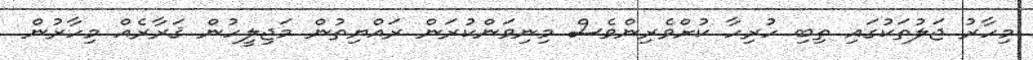
މިހާރު ޖަލުތަކުގައި ތިބި ހުރިހާ ކުށްވެރިންވެސް މިނިވަންކުރަން ރައްޔިތުން މަޖިލީހުން ޤަރާރެއް މިހާރުން